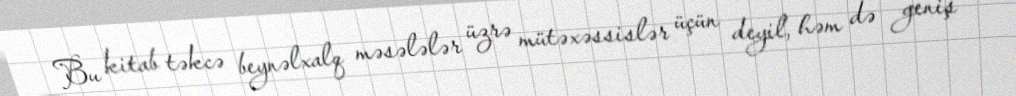
Bu kitab təkcə beynəlxalq məsələlər üzrə mütəxəssislər üçün deyil, həm də geniş